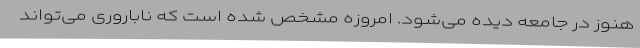
هنوز در جامعه دیده می‌شود. امروزه مشخص شده است که ناباروری می‌تواند